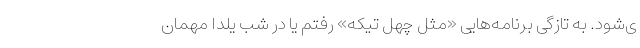
ی‌شود. به تازگی برنامه‌هایی «مثل چهل تیکه» رفتم یا در شب یلدا مهمان